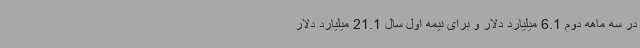
در سه ماهه دوم 6.1 میلیارد دلار و برای نیمه اول سال 21.1 میلیارد دلار